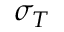
\sigma _ { T }